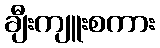
ချီးကျူးစကား